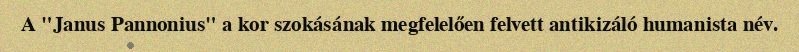
A "Janus Pannonius" a kor szokásának megfelelően felvett antikizáló humanista név.